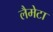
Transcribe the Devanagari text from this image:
लैमेटा